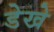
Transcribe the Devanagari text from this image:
डेखे